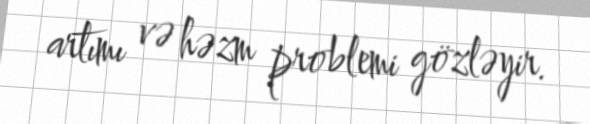
artımı və həzm problemi gözləyir.